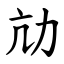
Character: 劥